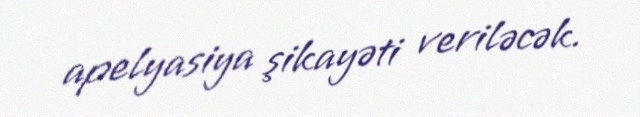
apelyasiya şikayəti veriləcək.